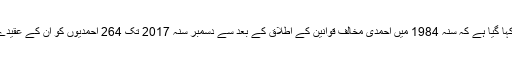
‘سالانہ رپورٹ میں مزید کہا گیا ہے کہ سنہ 1984 میں احمدی مخالف قوانین کے اطلاق کے بعد سے دسمبر سنہ 2017 تک 264 احمدیوں کو ان کے عقیدے کی وجہ سے قتل کیا گیا۔